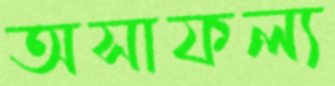
অসাফল্য